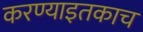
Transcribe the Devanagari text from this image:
करण्याइतकाच